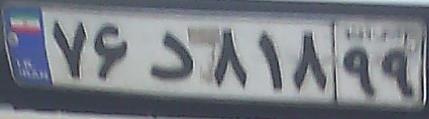
۷۶د۸۱۸۹۹